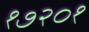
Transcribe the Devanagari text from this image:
१७२०१